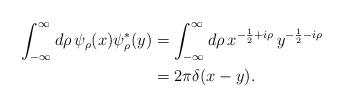
LaTeX: \begin{align*}\int_{-\infty}^{\infty} d\rho\, \psi_{\rho}(x) \psi^{*}_{\rho} (y) & = \int_{-\infty}^{\infty} d\rho\, x^{-\frac{1}{2} + i\rho}\, y^{-\frac{1}{2} - i\rho}\\& = 2\pi \delta(x-y).\end{align*}